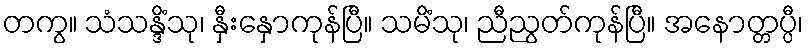
တကွ။ သံသန္ဒိံသု၊ နှီးနှောကုန်ပြီ။ သမိံသု၊ ညီညွတ်ကုန်ပြီ။ အနောတ္တပ္ပီ၊